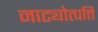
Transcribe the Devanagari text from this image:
नाट्योत्पत्ति